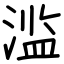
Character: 滥